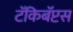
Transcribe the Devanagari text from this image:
टॅकिबॅप्टस